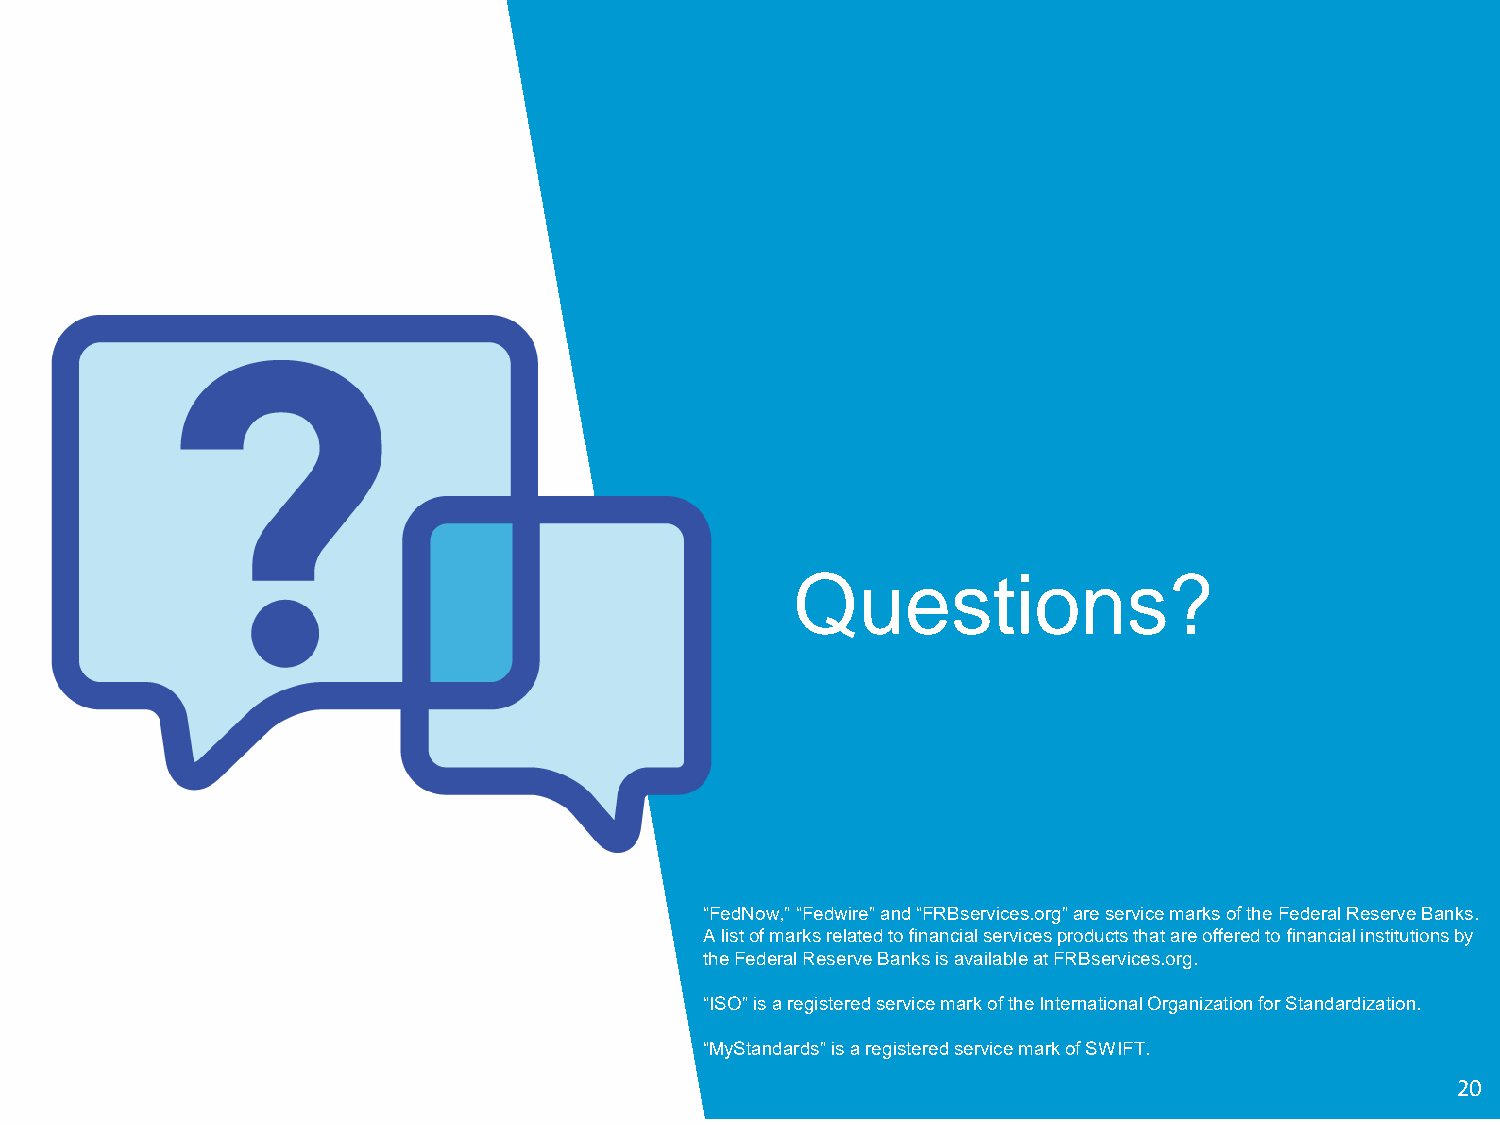
Questions?
 “FedNow,” “Fedwire” and “FRBservices.org” are service marks of the Federal Reserve Banks.
 A list of marks related to financial services products that are offered to financial institutions by
 the Federal Reserve Banks is available at FRBservices.org.
 “ISO” is a registered service mark of the International Organization for Standardization.
 “MyStandards” is a registered service mark of SWIFT.
 © 2021 Federal Reserve Banks. Materials are not to be
 20
 used without consent.